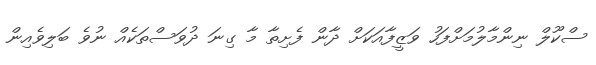
ސްކޫލް ނިންމާލުމަށްފަހު ވަޒީފާއަކަށް ދާން ފެށިތާ މާ ގިނަ ދުވަސްތަކެއް ނުވެ ބަލިވެއިން